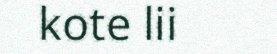
kote lii